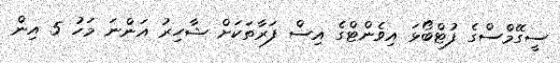
ސީގޭމްސްގެ ފުޓްބޯޅަ އިވެންޓްގެ އިސް ފަރާތަކަށް ޝާހިރު އަންނަ މަހު 5 އިން